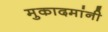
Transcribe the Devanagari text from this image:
मुकादमांनी